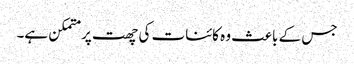
جس کے باعث وہ کائنات کی چھت پر متمکن ہے۔